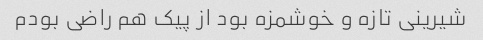
شیرینی تازه و خوشمزه بود از پیک هم راضی بودم